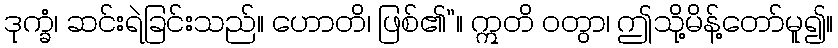
ဒုက္ခံ၊ ဆင်းရဲခြင်းသည်။ ဟောတိ၊ ဖြစ်၏”။ ဣတိ ဝတွာ၊ ဤသို့မိန့်တော်မူ၍။